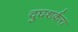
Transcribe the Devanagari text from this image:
दुघशर्करा